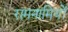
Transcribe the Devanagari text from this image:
रामनामियों